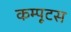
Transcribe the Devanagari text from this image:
कम्पूटस